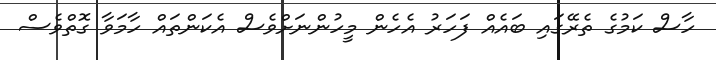
ހާސް ކަމުގެ ތެރޭގައި ބައެއް ފަހަރު އެހެން މީހުންނަށްވެސް އެކަންތައް ހާމަވާ ގޮތްވެސް